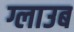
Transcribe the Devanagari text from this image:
ग्लाउब